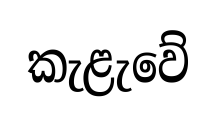
කැළැවේ